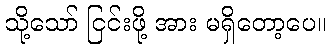
သို့သော် ငြင်းဖို့ အား မရှိတော့ပေ။